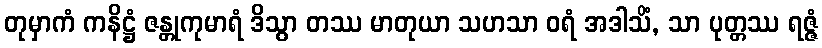
တုမှာကံ ကနိဋ္ဌံ ဇန္တုကုမာရံ ဒိသွာ တဿ မာတုယာ သဟသာ ဝရံ အဒါသိံ, သာ ပုတ္တဿ ရဇ္ဇံ